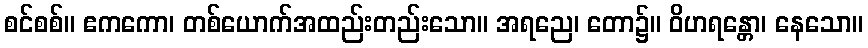
စင်စစ်။ ဧကကော၊ တစ်ယောက်အထည်းတည်းသော။ အရညေ၊ တော၌။ ဝိဟရန္တော၊ နေသော။